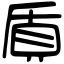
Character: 貭